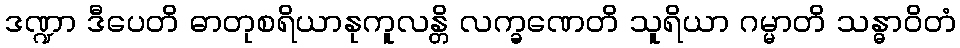
ဒဏ္ဍာ ဒီပေတိ ဓာတုစရိယာနုကူလန္တိ လက္ခဏေတိ သူရိယာ ဂမ္မာတိ သန္ဓာဝိတံ